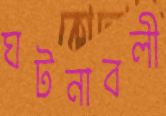
ঘটনাবলী